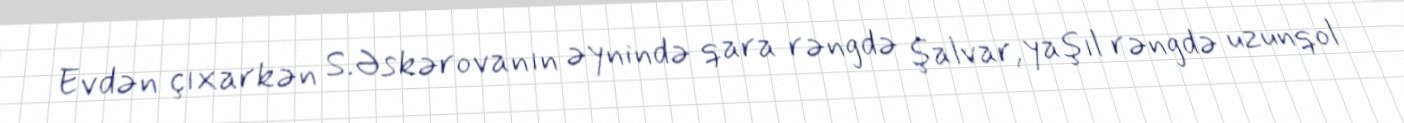
Evdən çıxarkən S.Əskərovanın əynində qara rəngdə şalvar, yaşıl rəngdə uzunqol